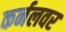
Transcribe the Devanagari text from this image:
कर्नलवर